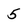
Character: 5